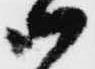
御